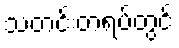
သတင်းတရပ်တွင်